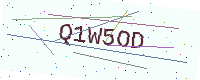
Text: Q1W5OD